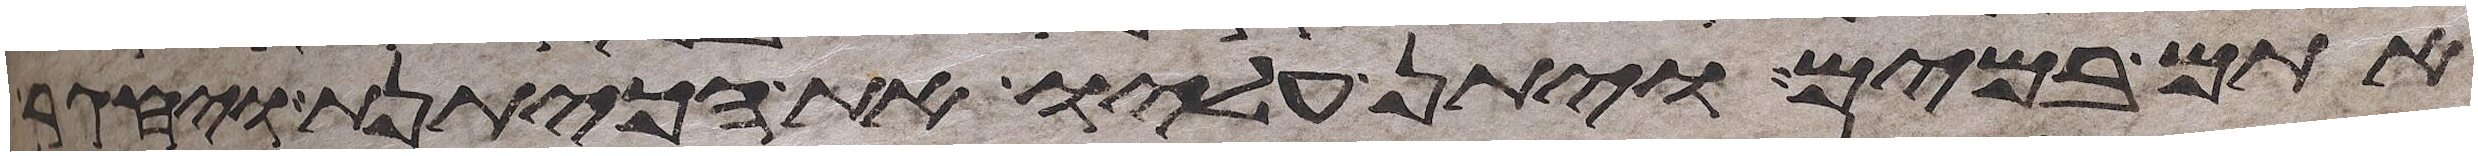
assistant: אתם במים ויתן עליו את הכיתנת ויחגר